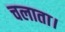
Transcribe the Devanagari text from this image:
चलाता।